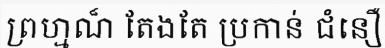
ព្រហ្មណ៏ តែងតែ ប្រកាន់ ជំនឿ